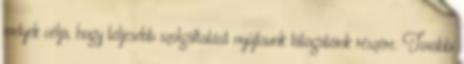
melyek célja, hogy teljesebb szolgáltatást nyújtsunk látogatóink részére. További